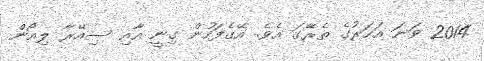
2014 ވަަނަ އަހަރުގެ ތެރޭގަ އެވެ. އޭގެފަހުން ގިނީ އާއި ސިއޭރާ ލިއޯން